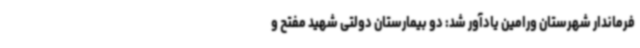
فرماندار شهرستان ورامین یادآور شد: دو بیمارستان دولتی شهید مفتح و